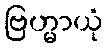
ဗြဟ္မာယုံ